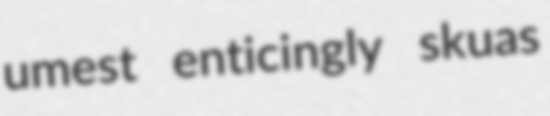
umest enticingly skuas